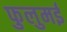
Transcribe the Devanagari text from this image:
फुलुमई